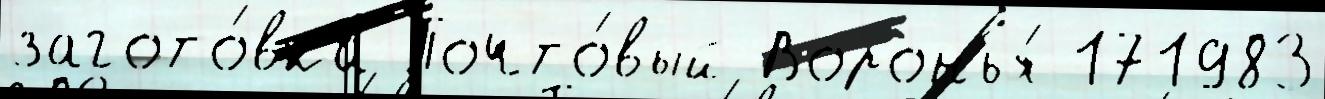
загото́вка Почто́вый Воронья́ 171983